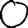
Digit: 0